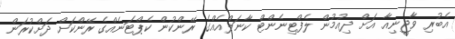
އެބުރި ވާޖީނިއާ އަށް ދިއުމުން ލެފްޓިނެންޓް ކާނަލްއެއްގެ ރޭންކުން ކެޕްޓަނެއްގެ ރޭންކަށް ދަށްކުރަން